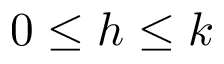
0 \leq h \leq k